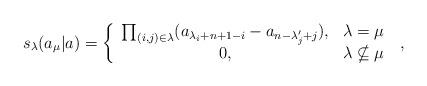
LaTeX: \begin{align*}s_{\lambda }(a_{\mu }|a)=\left\{ \begin{array}{cc}\prod_{(i,j)\in \lambda }(a_{\lambda _{i}+n+1-i}-a_{n-\lambda _{j}^{\prime}+j}), & \lambda =\mu \\ 0, & \lambda \nsubseteq \mu\end{array}\right. \;, \end{align*}